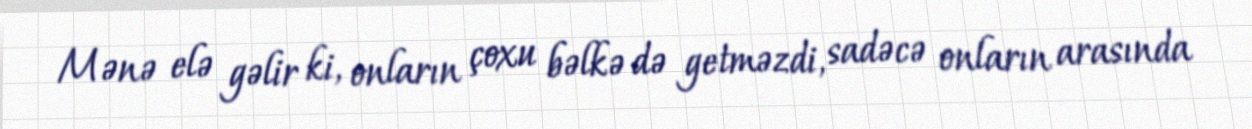
Mənə elə gəlir ki, onların çoxu bəlkə də getməzdi, sadəcə onların arasında